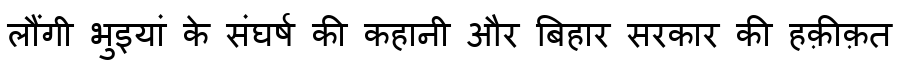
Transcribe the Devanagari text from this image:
लौंगी भुइयां के संघर्ष की कहानी और बिहार सरकार की हक़ीक़त